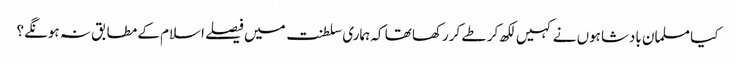
کیا مسلمان بادشاہوں نے کہیں لکھ کر طے کررکھا تھا کہ ہماری سلطنت میں فیصلے اسلام کے مطابق نہ ہونگے؟